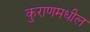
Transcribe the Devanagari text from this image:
कुराणमधील